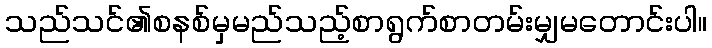
သည်သင်၏စနစ်မှမည်သည့်စာရွက်စာတမ်းမျှမတောင်းပါ။